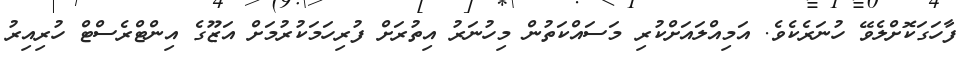
ފާހަގަކޮށްލެވޭ ހުނަރެކެވެ. އަމިއްލައަށްކުރި މަސައްކަތުން މިހުނަރު އިތުރަށް ފުރިހަމަކުރުމަށް އަޒޫގެ އިންޓްރެސްޓް ހުރިއިރު